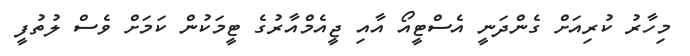
މިހާރު ކުރިއަށް ގެންދަނީ އެސްޓީއޯ އާއި ޖީއެމްއާރުގެ ޓީމަކުން ކަމަށް ވެސް ލުތުފީ